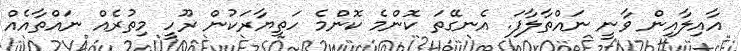
އާއިލާއިން ވާނީ ނައްތާލާފަ. އެނގޭތަ ކޮންމެ ކޮންމެ ހަތިޔާރަކުން ރޫހީ މިތުރެއް ނައްތާއެއް